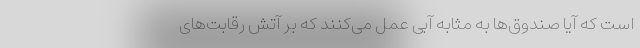
است که آیا صندوق‌ها به مثابه آبی عمل می‌کنند که بر آتش رقابت‌های